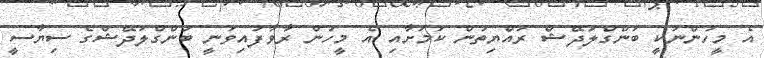
އެ މީހުންނަކީ ބަންގްލަދޭޝް ރައްޔިތުން ކަމަށާއި އެ މީހުން ރާވާފައިވަނީ ބަންގްލަދޭޝްގެ ސިޔާސީ